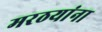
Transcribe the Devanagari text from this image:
मरठयांना